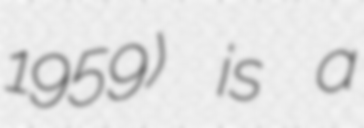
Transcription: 1959) is a